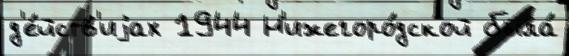
д'е́йств'иjах 1944 Н'ижегоро́дской была́